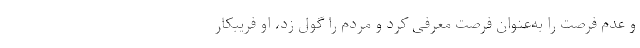
و عدم فرصت را به‌عنوان فرصت معرفی کرد و مردم را گول زد، او فریبکار